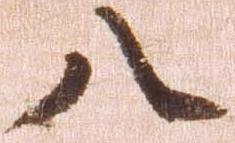
八